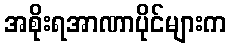
အစိုးရအာဏာပိုင်များက